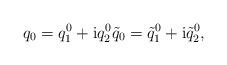
LaTeX: \begin{align*}q_{0}=q^{0}_{1}+{\rm i}q^{0}_{2} \tilde{q}_{0}=\tilde{q}^{0}_{1}+{\rm i}\tilde{q}^{0}_{2},\end{align*}